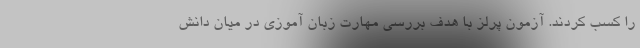
را کسب کردند. آزمون پرلز با هدف بررسی مهارت زبان آموزی در میان دانش